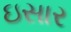
ઇસાર